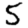
Digit: 5